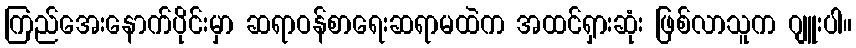
ကြည်အေးနောက်ပိုင်းမှာ ဆရာဝန်စာရေးဆရာမထဲက အထင်ရှားဆုံး ဖြစ်လာသူက ဂျူးပါ။